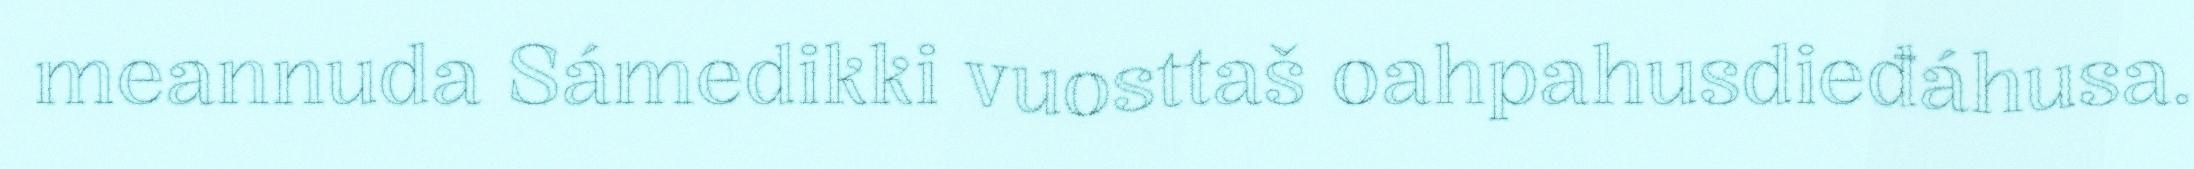
meannuda Sámedikki vuosttaš oahpahusdieđáhusa.